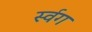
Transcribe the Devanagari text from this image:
र्स्वग